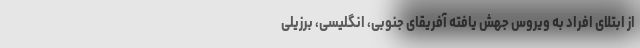
از ابتلای افراد به ویروس جهش یافته آفریقای جنوبی، انگلیسی، برزیلی